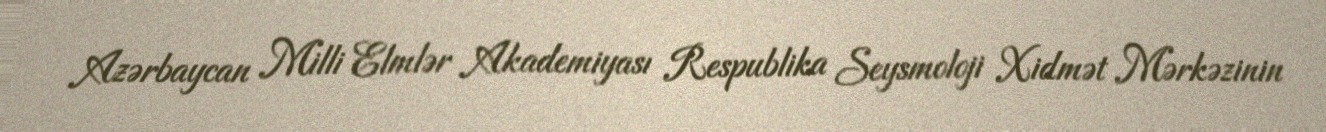
Azərbaycan Milli Elmlər Akademiyası Respublika Seysmoloji Xidmət Mərkəzinin